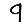
Digit: 9